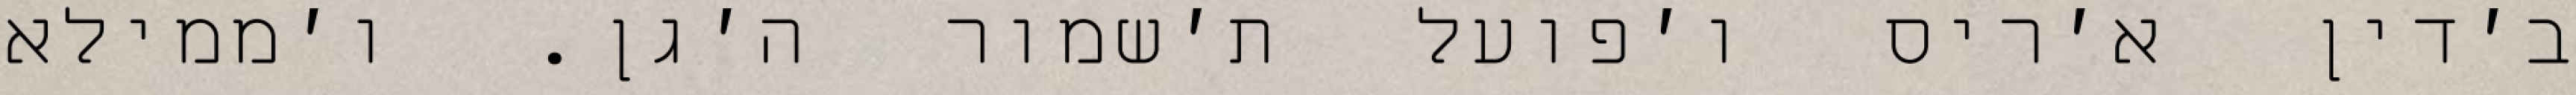
ב׳דין א׳ריס ו׳פועל ת׳שמור ה׳גן. ו׳ממילא